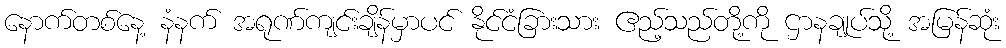
နောက်တစ်နေ့ နံနက် အရုဏ်ကျင်းချိန်မှာပင် နိုင်ငံခြားသား ဧည့်သည်တို့ကို ဌာနချုပ်သို့ အမြန်ဆုံး